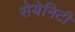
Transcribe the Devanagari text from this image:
सेयेनिटी